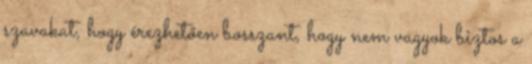
szavakat, hogy érezhetően bosszant, hogy nem vagyok biztos a